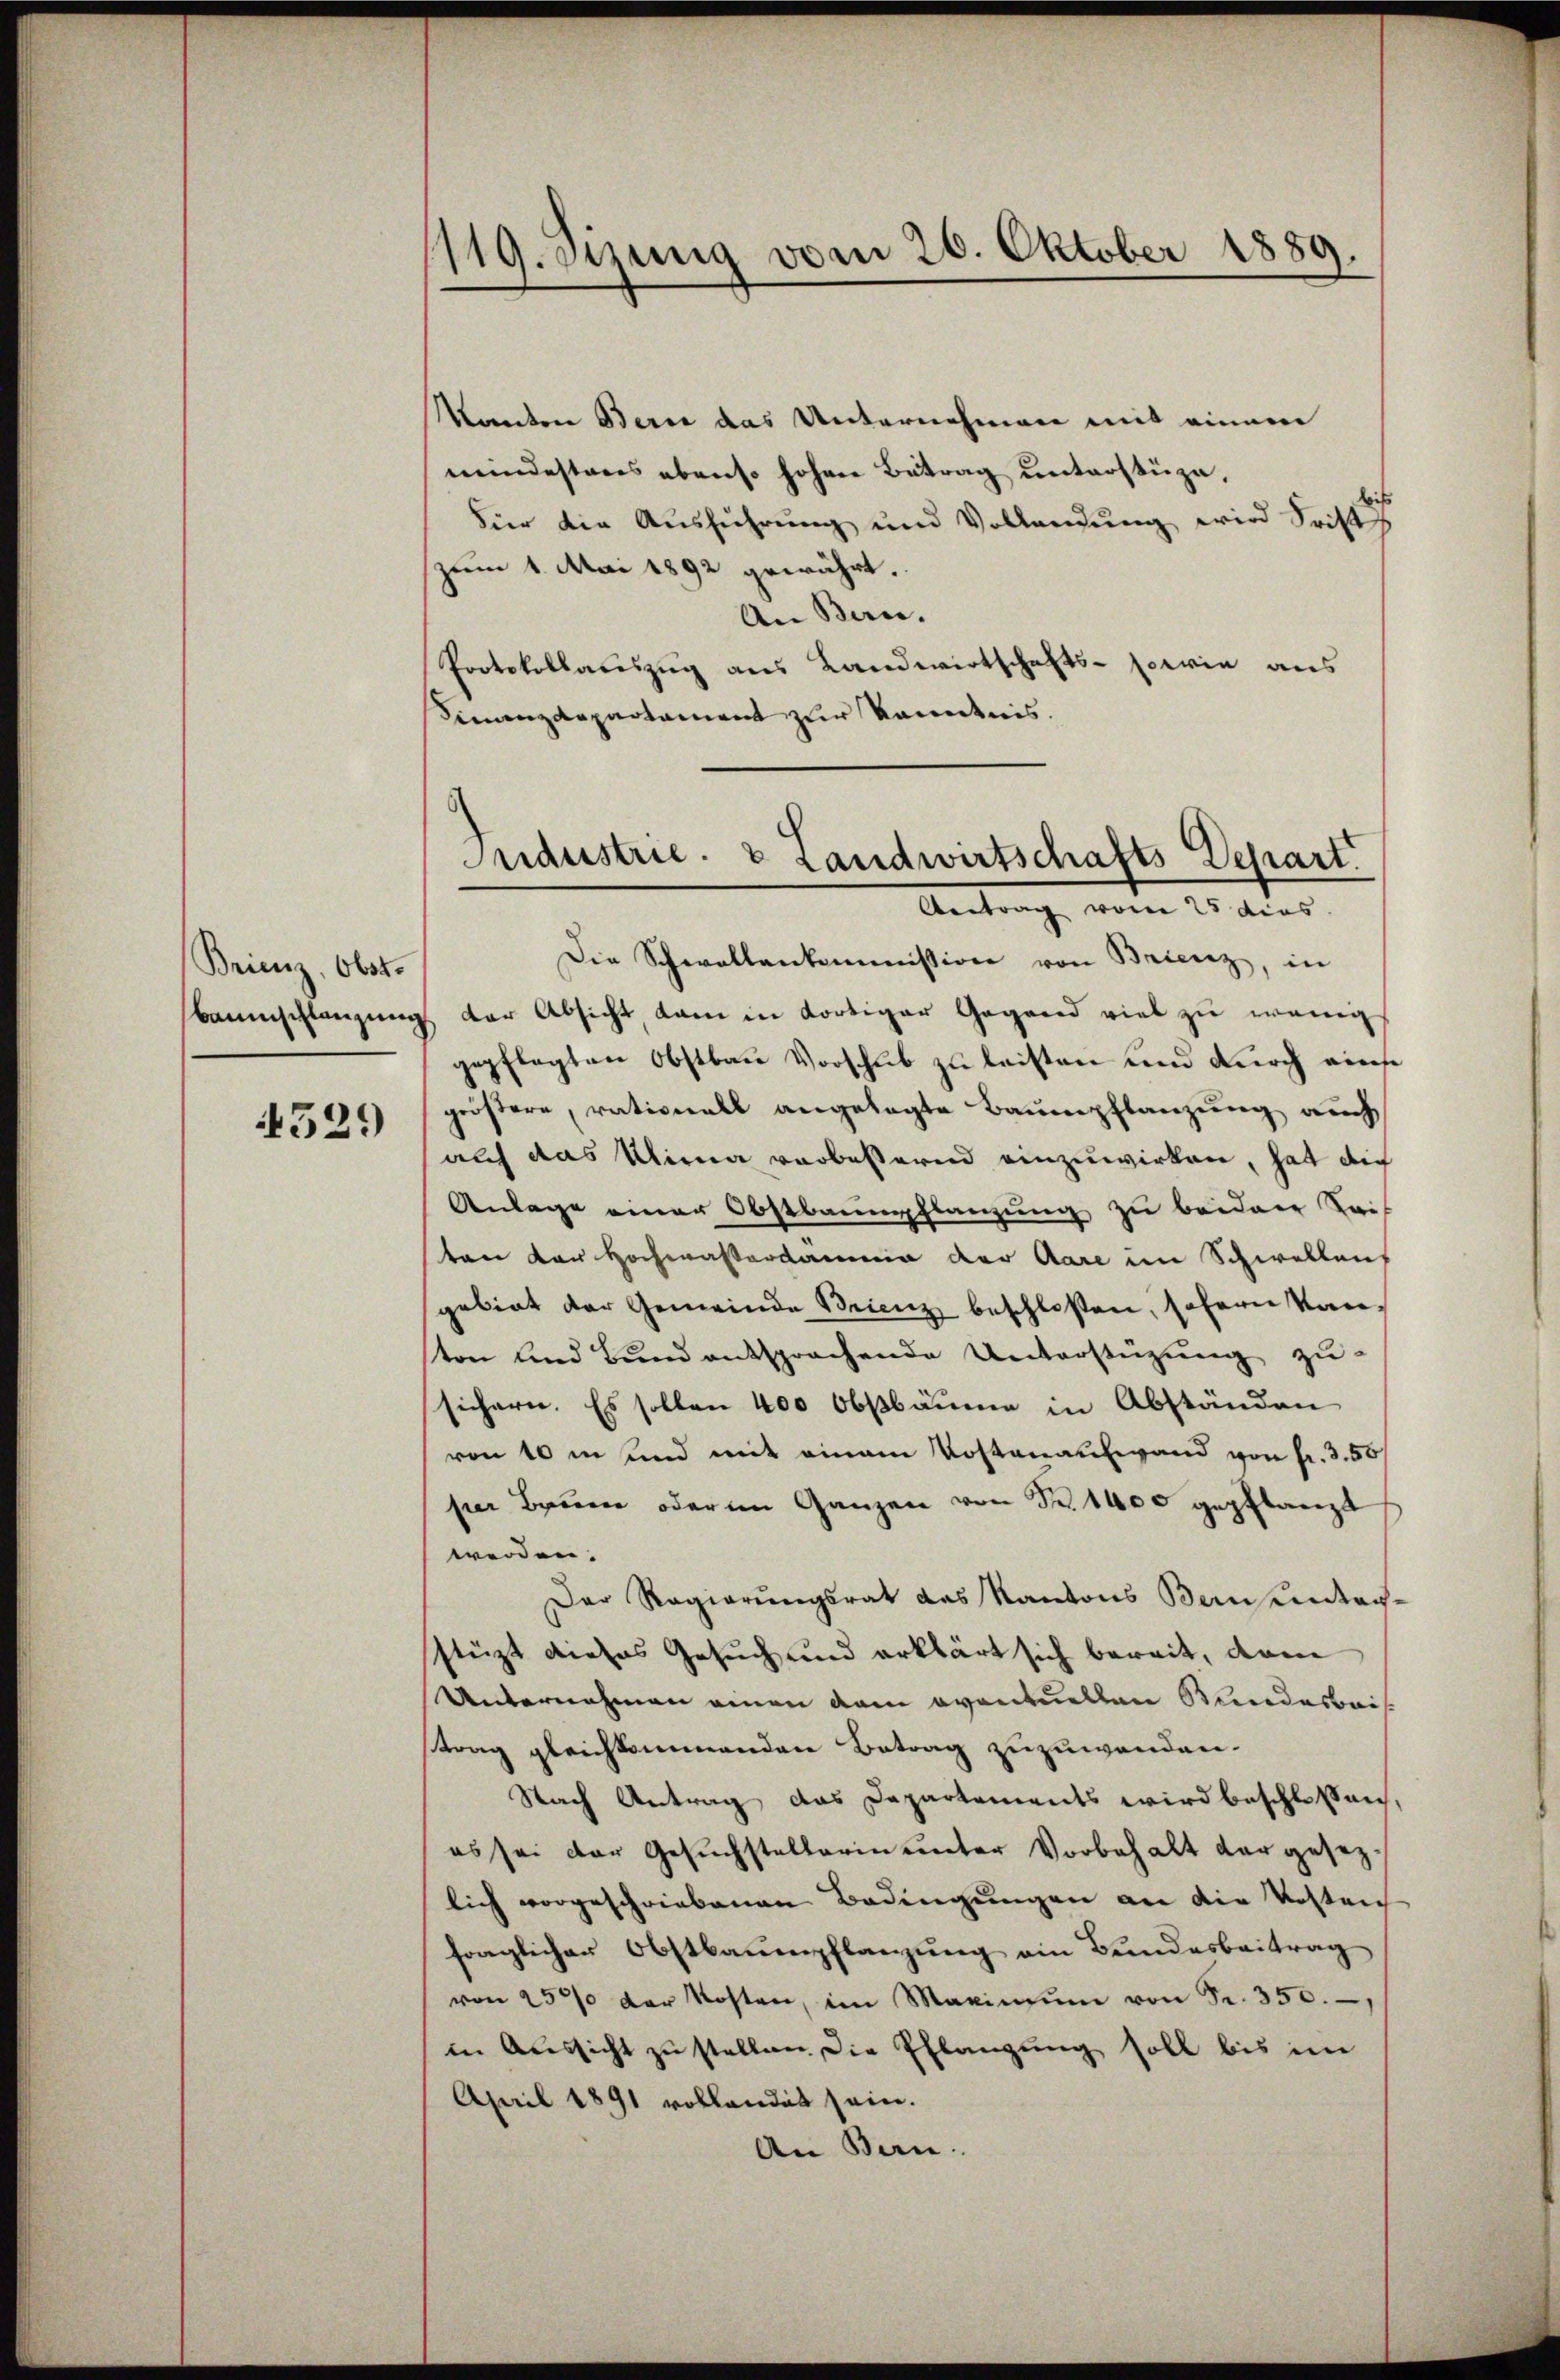
Brienz, Ober

4329

1119. Sizung vom 20. Oktober 1889.

Kanton Berne das Unternehmen mit einem
meindestens ebenso hohen Betrag unterstüze,
Für die Ausführung und Vollendung wird dritt
zum 1. Mai 1892 gewährt.
An Bern.
Protokollauszug aus Landwirtschafts- sowie aus
Finanzdepartament zur Kenntnis.
Die Schwaltenkommission von Brienz, in
Baumschlanzung der Absicht, kam in dortiger Gegend viel zu wenig
gepflegten Obstbau Vorschub zu leisten und durch einse
größere, rationell angelegte Baumpflanzung auch
auf das Klima vorbessernd einzuwirken, hat die
Anlage einer Obstbaunflanzung zu beiden Sei
ten von Hochwasserdammin der Aare im Schwellen
gebiet der Gemeinde Brienz beschloßen, sofern Kanton und Bund entsprochende Unterstüzung zu-
sichern. Es sollen 400 Obstbäume in Abständen
von 10 in und mit einem Kostenaufwand von fr. 350
pier Bauer oder im Ganzen von Fr. 1400 gepflanzt
werden.
Der Regierŭngsrat des Kantons Bern unter-
stüzt dieses Gesuch und erklärt sich bereit, dam
Unternahmen einen dem eventuellen Stundesbrisstrag gleichkommenden Betrag zuzuwenden.
Nach Antrag das Departements wird beschlossen,
es sei der Gesuchstellerin unter Vorbehalt der gesezlich vorgeschriebenen Bedingungen an die Kosten
fraglicher Obstbauenpflanzung ein Bundesbeitrag
von 2500 der Kosten, im Maximŭm von Sr. 350.
in Aussicht zu stellen die Pflangung soll bis im
April 1891 vollandet sein.
An Bern.

Fuderstrie- & Landwirtschafts Depart
Antrage vom 25. dies